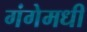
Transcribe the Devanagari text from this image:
गंगेमधी